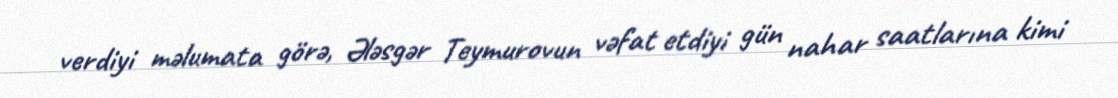
verdiyi məlumata görə, Ələsgər Teymurovun vəfat etdiyi gün nahar saatlarına kimi